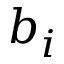
b _ { i }